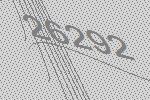
26292